General report no. 6 on the lunatic asylums, vaccination and dispensaries in the Bengal Presidency, 1873 -
Year: 1873
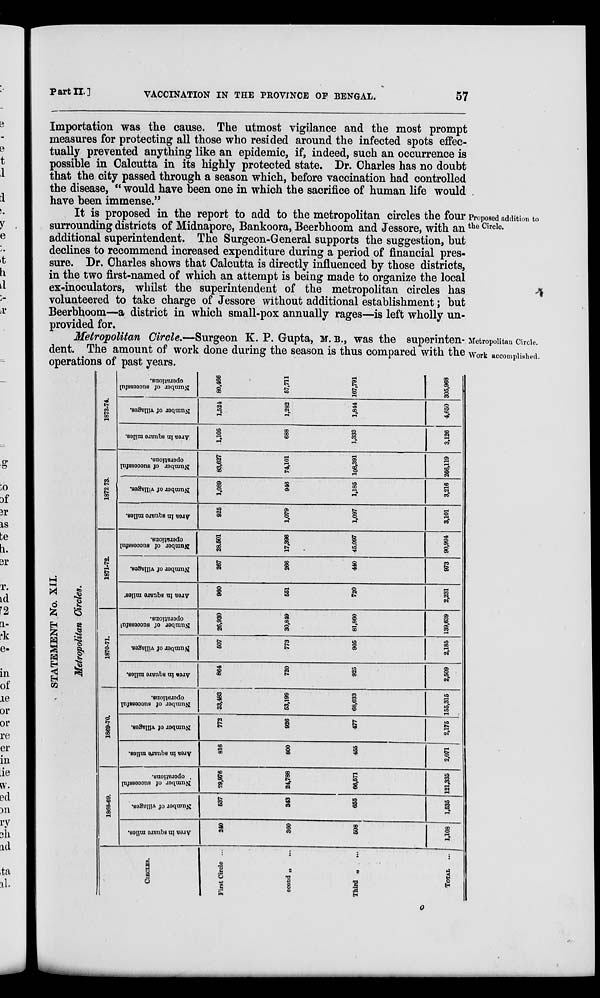
Part
II.]
VACCINATION IN THE PROVINCE OF BENGAL.
57
Importation was the cause. The utmost vigilance and the most prompt
measures for protecting all those who resided around the infected spots effec-
tually prevented anything like an epidemic, if, indeed, such an occurrence is
possible in Calcutta in its highly protected state. Dr. Charles has no doubt
that the city passed through a season which, before vaccination had controlled
the disease, " would have been one in which the sacrifice of human life would
have been immense."
Proposed addition to
the Circle.
It is proposed in the report to add to the metropolitan circles the four
surrounding districts of Midnapore, Bankoora, Beerbhoom and Jessore, with an
additional superintendent. The Surgeon-General supports the suggestion, but
declines to recommend increased expenditure during a period of financial pres-
sure. Dr. Charles shows that Calcutta is directly influenced by those districts,
in the two first-named of which an attempt is being made to organize the local
ex-inoculators, whilst the superintendent of the metropolitan circles has
volunteered to take charge of Jessore without additional establishment; but
Beerbhoom—a district in which small-pox annually rages—is left wholly un-
provided for.
Metropolitan Circle.
Work accomplished.
Metropolitan Circle.—Surgeon K. P. Gupta, M. B., was the superinten-
dent. The amount of work done during the season is thus compared with the
operations of past years.
STATEMENT No. XII.
Metropolitan Circles.
CIRCLES.
First Circle ...
econd ... ...
Third
... ...
TOTAL
...
1868-69.
Area in square miles.
240
360
508
1,108
Number of villages.
537
343
655
1,535
Number of successful
operations.
29,976
24,788
66,571
121,335
1869-70.
Area in square miles.
816
800
455
2,071
Number of villages.
772
926
477
2,175
Number of successful
operations.
33,483
53,199
68,633
155,315
1870-71.
Area in square miles.
864
720
925
2,509
Number of villages.
507
773
905
2,186
Number of succesafful
operations.
26,930
30,849
81,860
139,639
1871-72.
Area in square miles.
900
551
720
2,231
Number of villages.
267
266
440
973
Number of successful
operations.
28.501
17,396
45,097
90,994
1872 73.
Area in square miles.
925
1,079
1,097
3,101
Number of villages.
1,089
946
1,185
3,216
Number of successful
operations.
83,627
74,101
108,391
266,119
1873-74.
Area in square miles.
1,105
688
1,333
3,126
Number of villages.
1,524
1,282
1,844
4,650
Number of successful
operations.
80,466
57,711
167,791
305,968
o